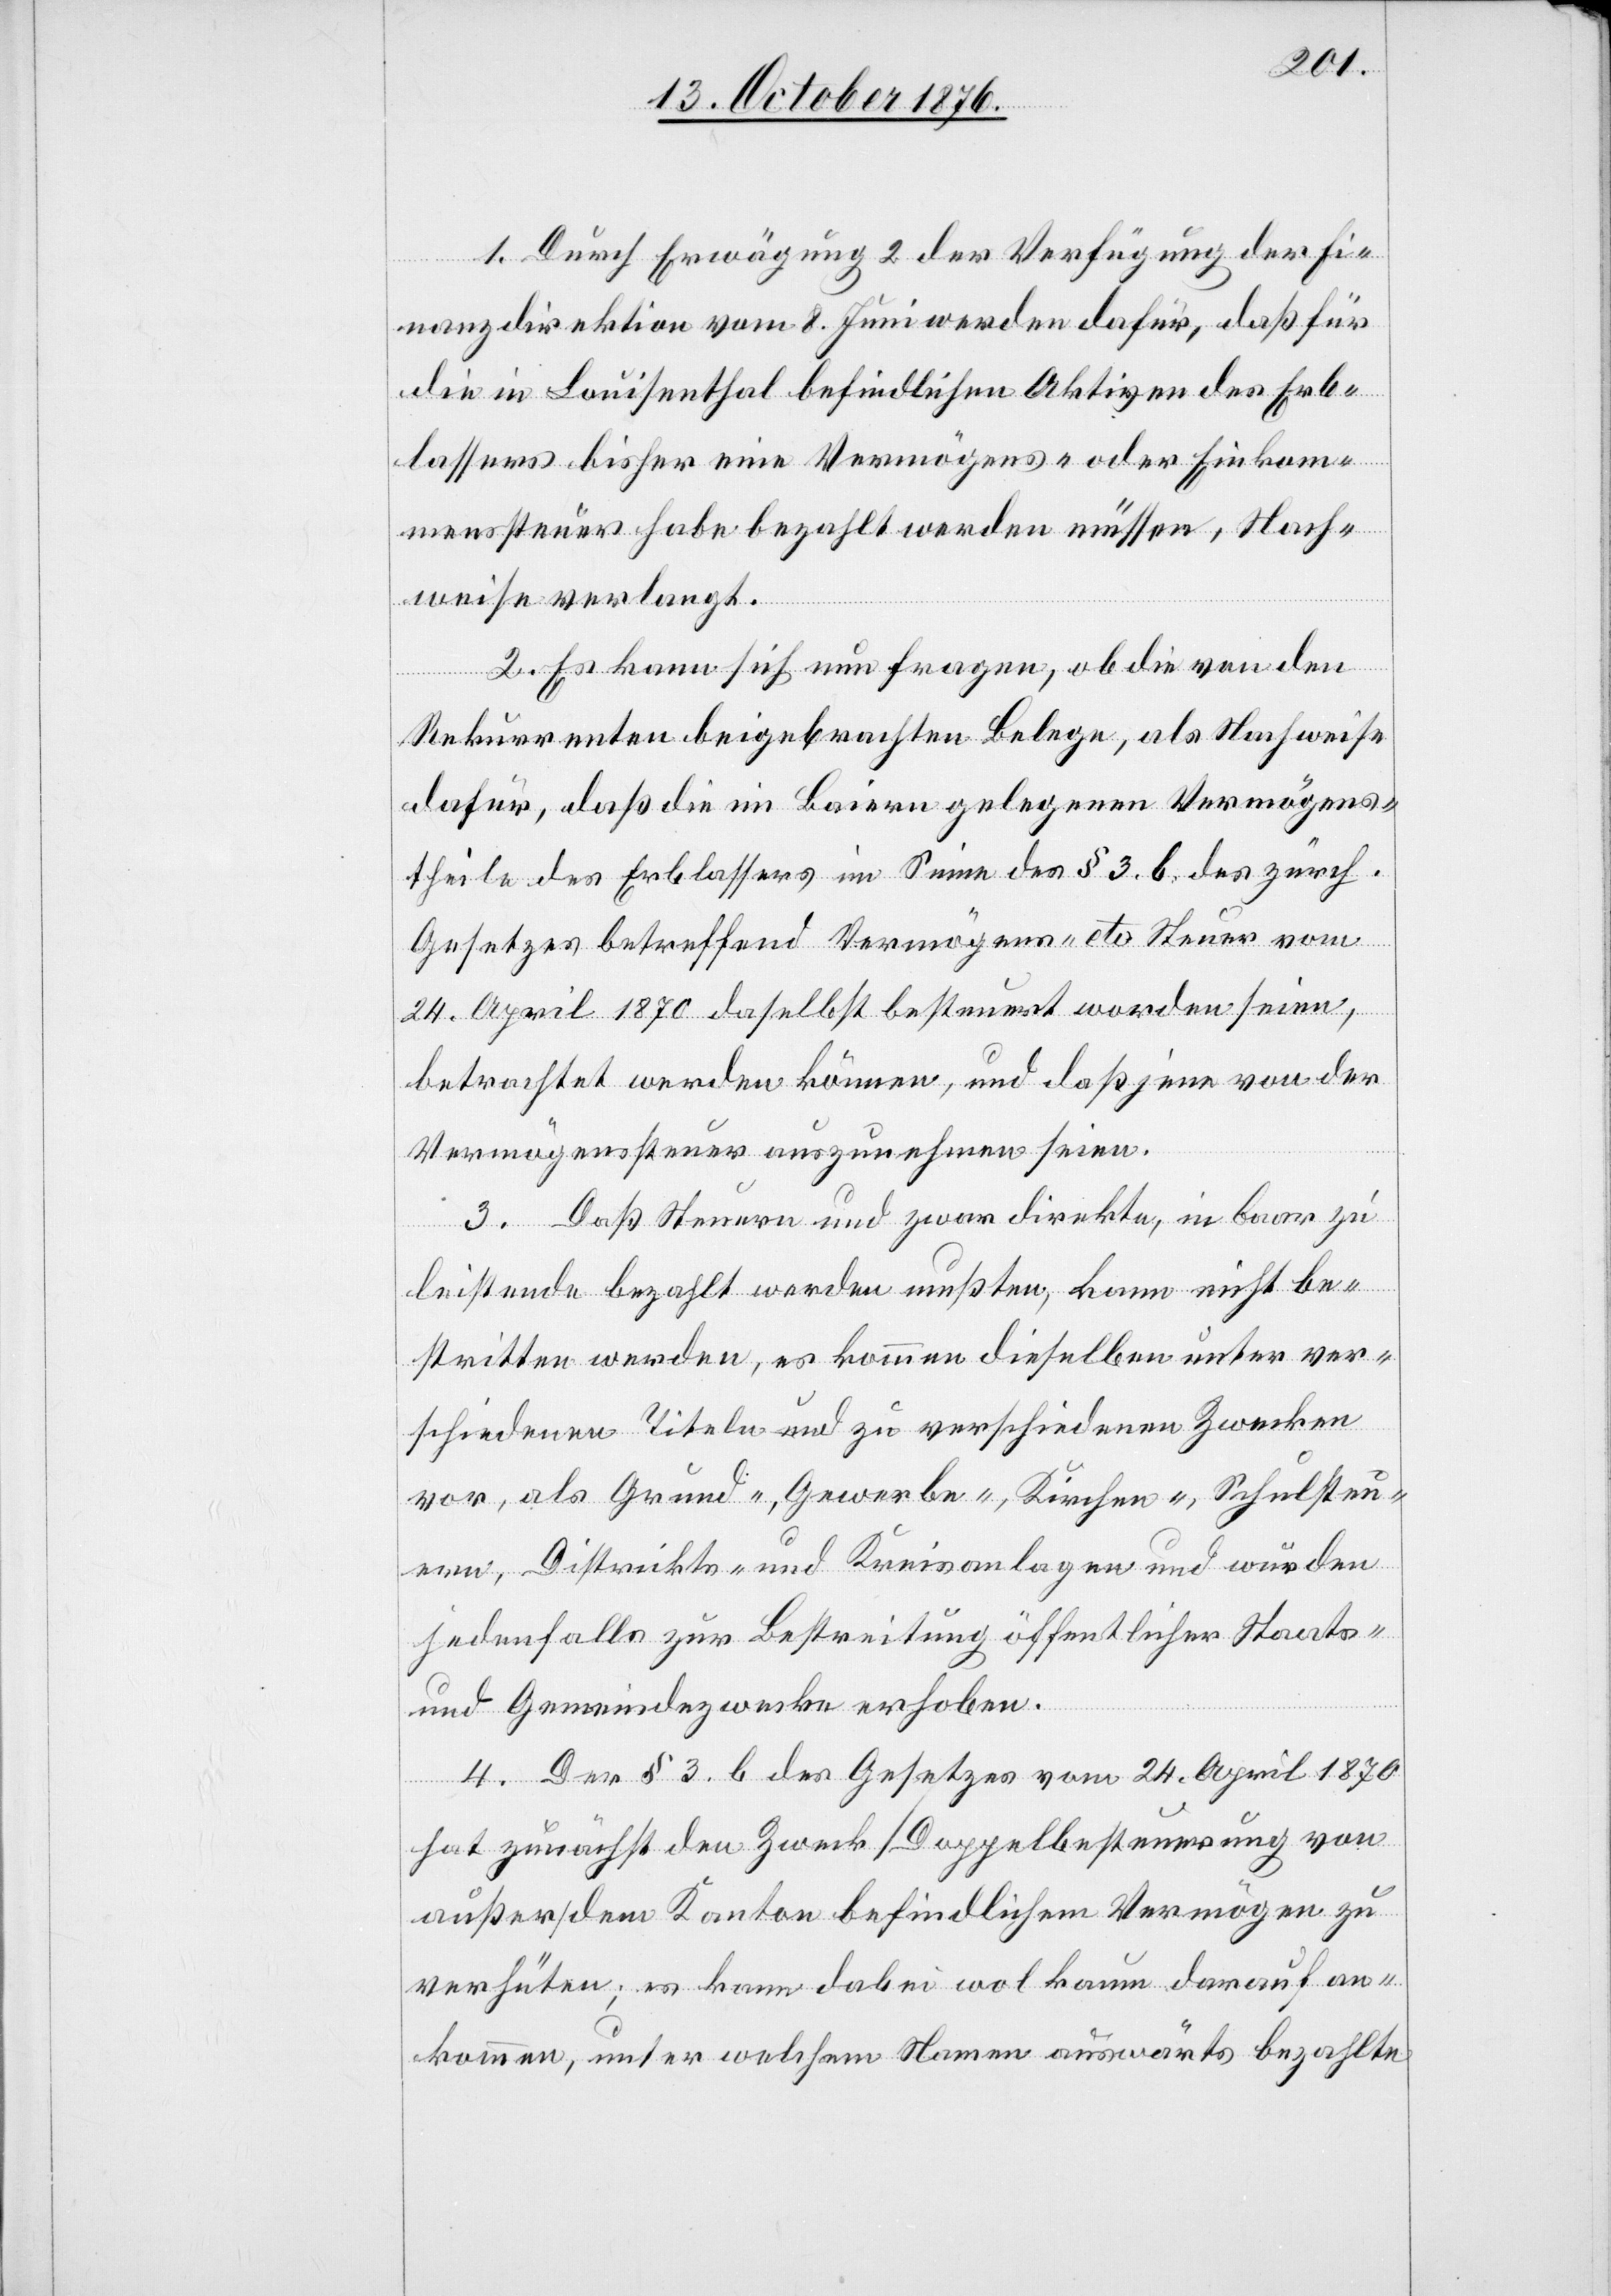
1. Durch Erwägung 2 der Verfügung der Fi¬
nanzdirektion vom 8. Juni werden dafür, daß für
die in Louisenthal befindlichen Aktiven des Erb¬
lassers bisher eine Vermögens- oder Einkom¬
menssteuer habe bezahlt werden müssen, Nach¬
weise verlangt.
2. Es kann sich nun fragen, ob die von den
Rekurrenten beigebrachten Belege, als Nachweise
dafür, daß die in Baiern gelegenen Vermögens¬
theile des Erblassers im Sinne des § 3. b. des zürch.
Gesetzes betreffend vermögens- etc. Steuer vom
24. April 1870 daselbst besteuert worden seien,
betrachtet werden können, und daß jene von der
Vermögenssteuer auszunehmen seien.
3. Daß Steuern und zwar direkte, in baar zu
leistende [sic!] bezahlt werden mußten, kann nicht be¬
stritten werden, es kommen dieselben unter ver¬
schiedenen Titeln und zu verschiedenen Zwecken
vor, als Grund-, Gewerbe-, Kirchen-, Schulsteu¬
ern, Distrikts- und Kreisanlagen und wurden
jedenfalls zur Bestreitung öffentlicher Staats-
und Gemeindezwecke erhoben.
4. Der § 3. b des Gesetzes vom 24. April 1870
hat zunächst den Zweck Doppelbesteuerung von
außer dem Kanton befindlichen Vermögen zu
verhüten; es kann dabei wol kaum darauf an¬
kommen, unter welchem Namen auswärts bezahlte